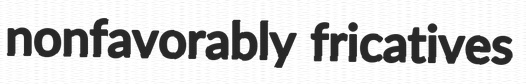
nonfavorably fricatives